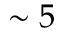
\sim 5